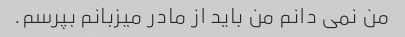
من نمی دانم من باید از مادر میزبانم بپرسم.